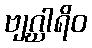
ဗျဂ္ဃါရိဝ